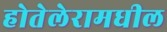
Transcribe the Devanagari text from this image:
होतेलेरामधील